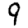
Digit: 9